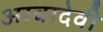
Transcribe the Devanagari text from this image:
अम्बादेवी